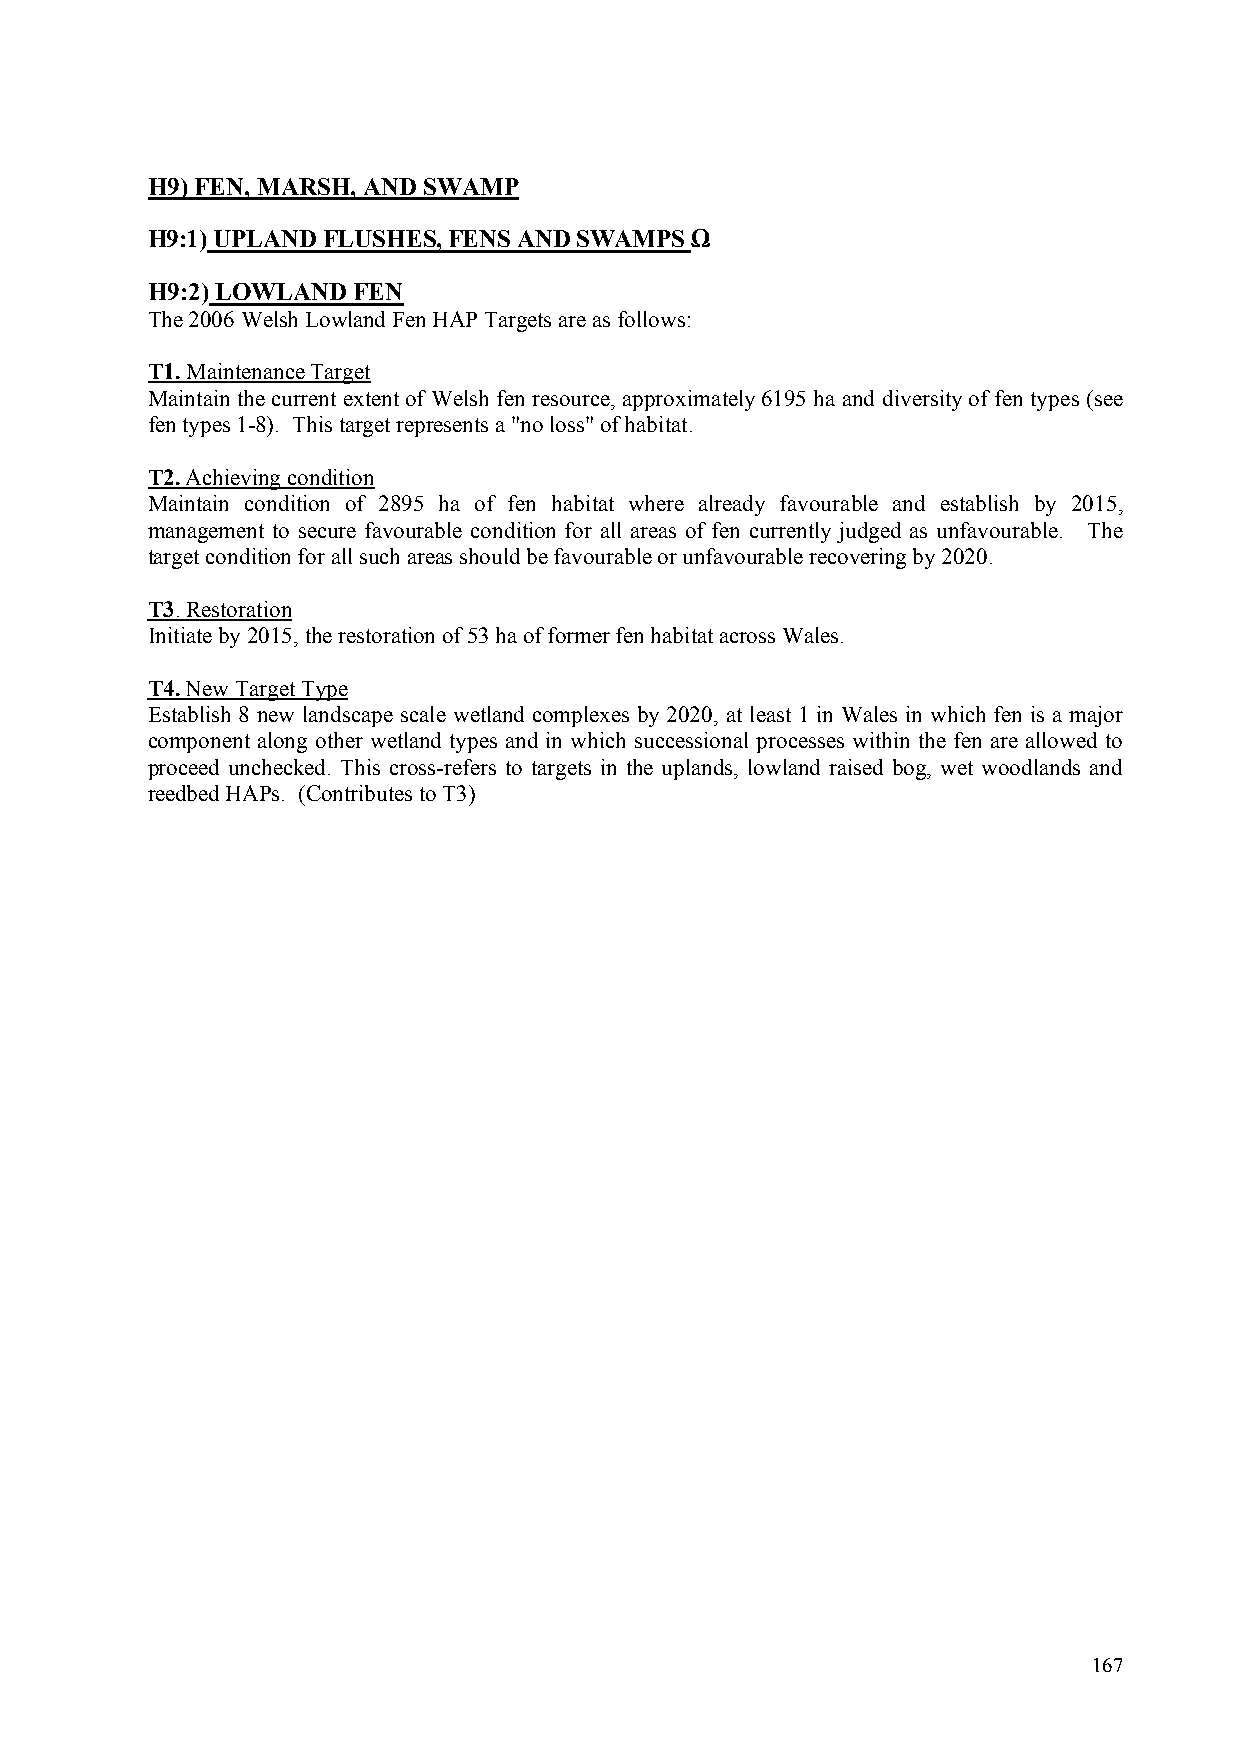
H9) FEN, MARSH, AND SWAMP
 H9:1) UPLAND FLUSHES, FENS AND SWAMPSΩ
 H9:2)LOWLAND FEN
 The 2006 Welsh Lowland Fen HAP Targets are as follows:
 T1. Maintenance Target
 Maintain the current extent of Welsh fen resource, approximately 6195 ha and diversity of fen types (see
 fen types 1-8). This target represents a "no loss" of habitat.
 T2. Achieving condition
 Maintain condition of 2895 ha of fen habitat where already favourable and establish by 2015,
 management to secure favourable condition for all areas of fen currently judged as unfavourable. The
 target condition for all such areas should be favourable or unfavourable recovering by 2020.
 T3. Restoration
 Initiate by 2015, the restoration of 53 ha of former fen habitat across Wales.
 T4. New Target Type
 Establish 8 new landscape scale wetland complexes by 2020, at least 1 in Wales in which fen is a major
 component along other wetland types and in which successional processes within the fen are allowed to
 proceed unchecked. This cross-refers to targets in the uplands, lowland raised bog, wet woodlands and
 reedbed HAPs. (Contributes to T3)
 167